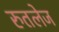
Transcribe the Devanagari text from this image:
रुतलेज